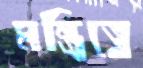
মন্ত্রিত্বে